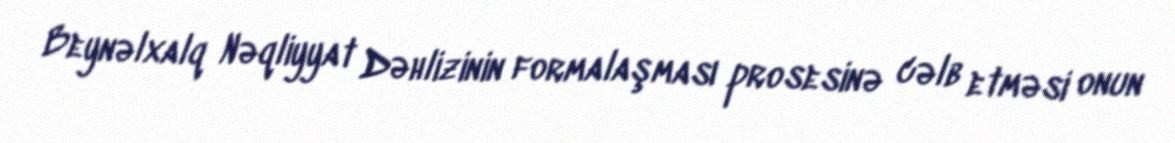
Beynəlxalq Nəqliyyat Dəhlizinin formalaşması prosesinə cəlb etməsi onun